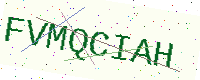
Text: FVMQCIAH